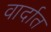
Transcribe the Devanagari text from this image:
वार्दात